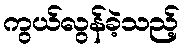
ကွယ်လွန်ခဲ့သည့်